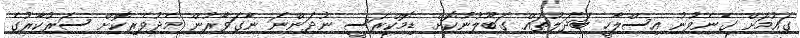
ގައުމަށް ގެނެވުނު އިސްލާހީ ބަދަލުތައް ގަބޫލުނުކޮށް ޑިމޮކްރަސީ ނުދަންނަ ނާގަވާރުން މެދުވެރިކޮށް ސަރުކާރުގެ